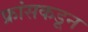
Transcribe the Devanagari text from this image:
फ्रांसकडून